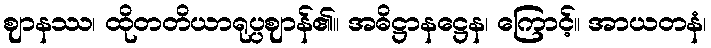
ဈာနဿ၊ ထိုတတိယာရုပ္ပဈာန်၏။ အဓိဋ္ဌာနဋ္ဌေန၊ ကြောင့်။ အာယတနံ၊